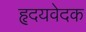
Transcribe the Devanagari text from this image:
हृदयवेदक